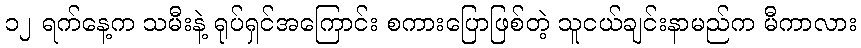
၁၂ ရက်နေ့က သမီးနဲ့ ရုပ်ရှင်အကြောင်း စကားပြောဖြစ်တဲ့ သူငယ်ချင်းနာမည်က မီကာလား